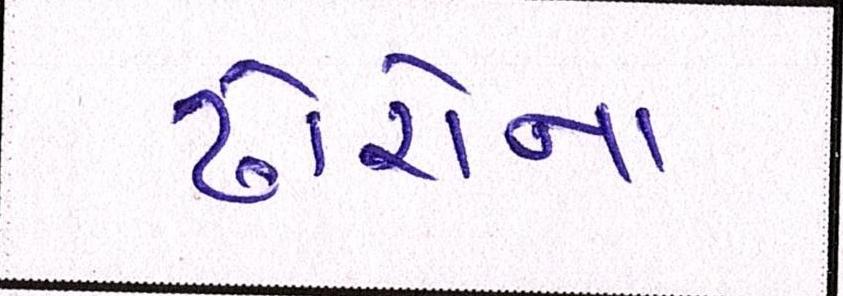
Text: ઢોરોના